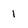
Character: I